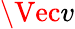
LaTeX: \Vec{v}